Note on the mental hospitals in Burma - 1925-1940
Year: 1925
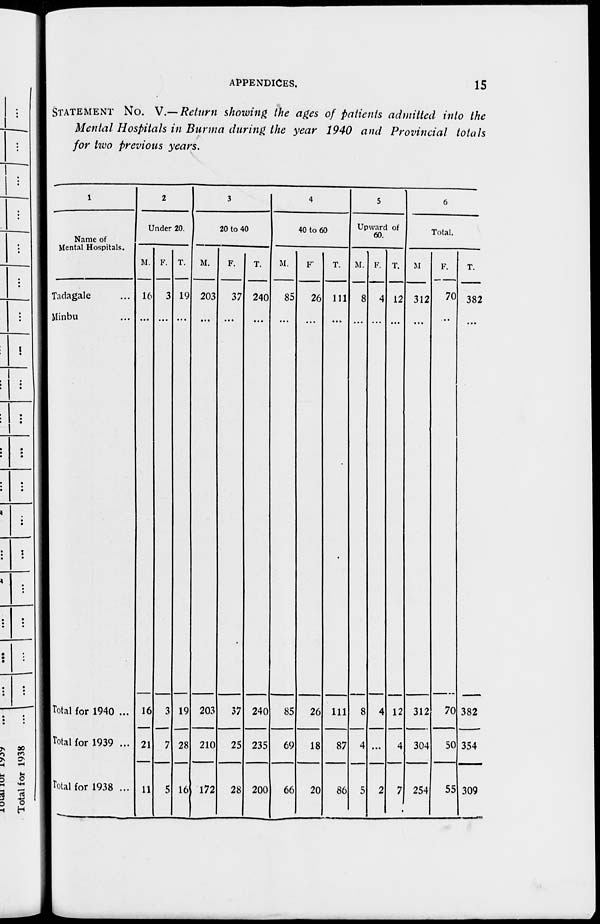
APPENDICES.
15
STATEMENT No. V.— Return showing the ages of patients admitted into the
Mental Hospitals in Burma during the year 1940 and Provincial totals
for two previous years.
1
Name of
Mental Hospitals.
Tadagale ...
Minbu ...
Total for 1940 ...
Total for 1939 ...
Total for 1938 ...
2
Under 20.
M.
16
...
16
21
11
F.
3
...
3
7
5
T.
19
...
19
28
16
3
20 to 40.
M.
203
...
203
210
172
F.
37
...
37
25
28
T.
240
...
240
235
200
4
40 to 60.
M.
85
...
85
69
66
F.
26
...
26
18
20
T.
111
...
111
87
86
5
Upward of
60.
M.
8
...
8
4
5
F.
4
...
4
...
2
T.
12
...
12
4
7
6
Total.
M.
312
...
312
304
254
F.
70
...
70
50
55
T.
382
...
382
354
309